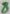
Text: 8